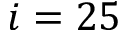
i = 2 5